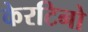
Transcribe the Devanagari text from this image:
केरटिनो